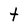
Character: t